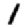
Digit: 1